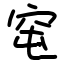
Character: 窀